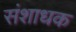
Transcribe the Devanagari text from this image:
संशाधक